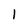
Character: l